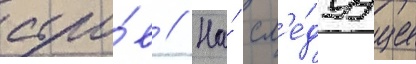
судо́в // На́ сл'е́дуущее